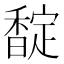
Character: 𮩪